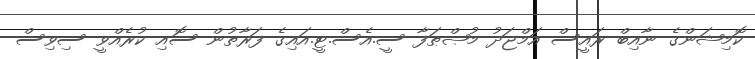
ކޮމިޝަންގެ ނާއިބް ރައީސް އަމްޖަދު މުޞްޠަފާ ސީ.އެސް.ޓީ.އައިގެ ފަރާތުން ސޮއި ކުރެއްވީ ސިވިސް